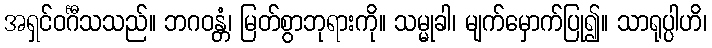
အရှင်ဝင်္ဂီသသည်။ ဘဂဝန္တံ၊ မြတ်စွာဘုရားကို။ သမ္မုခါ၊ မျက်မှောက်ပြု၍။ သာရုပ္ပါဟိ၊